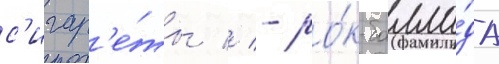
с'игар'е́ты // - ро́к-балла́да